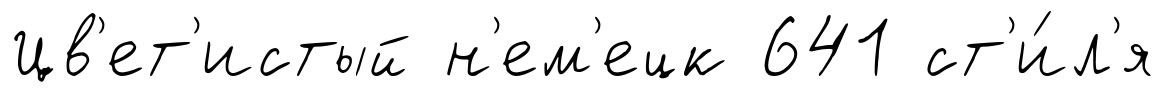
Цв'ет'истый н'ем'ецк 641 ст'и́л'я